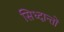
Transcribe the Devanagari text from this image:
सिध्दान्तों